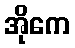
အိုကေ